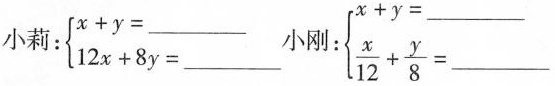
小莉：$$\left\{ \begin{matrix} x+y=___\\ 12x+8y=___\end{matrix} \right.$$小刚：$$ \left\{ \begin{matrix} x+y=___ \\ \frac{x}{12}+ \frac{y}{8}=___\end{matrix}$$